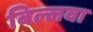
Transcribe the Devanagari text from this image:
बिल्लवा